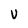
Character: V